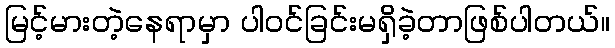
မြင့်မားတဲ့နေရာမှာ ပါဝင်ခြင်းမရှိခဲ့တာဖြစ်ပါတယ်။